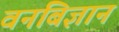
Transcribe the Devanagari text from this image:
वनबिज्ञान